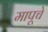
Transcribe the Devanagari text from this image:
मापूचे